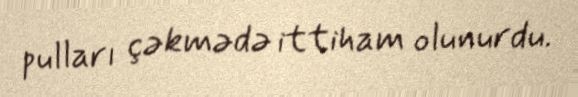
pulları çəkmədə ittiham olunurdu.